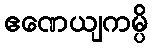
ဧဏေယျကမ္ပိ